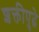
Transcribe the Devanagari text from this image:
शक्तीपुढे